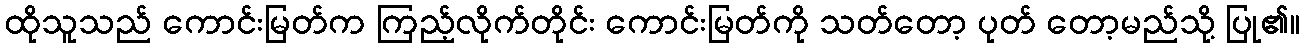
ထိုသူသည် ကောင်းမြတ်က ကြည့်လိုက်တိုင်း ကောင်းမြတ်ကို သတ်တော့ ပုတ် တော့မည်သို့ ပြု၏။